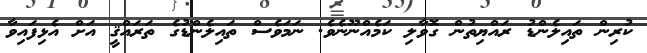
ކުރިން ތައިލެންޑު ރައްޔިތުން ގޮވާލި ކަމެއްނޫނެވެ. ނަމަވެސް ތައިލެންޑުގެ ތަރައްޤީ އަށް އެޅިފައިވާ